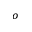
^ o